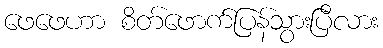
ဖေဖေဟာ စိတ်ဖောက်ပြန်သွားပြီလား